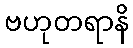
ဗဟုတရာနိ